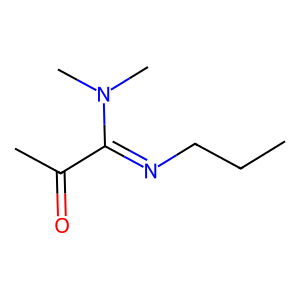
SMILES: CCCN=C(C(C)=O)N(C)C
Inhibits HIV replication: No